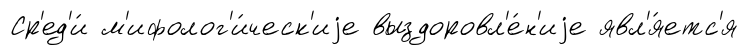
Ср'ед'и́ м'ифолог'и́ческ'иjе выздоровл'е́н'иjе явл'я́етс'я